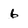
Character: 6